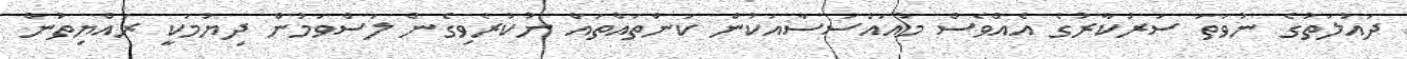
ދައުލަތުގެ ނުވަތަ ސަރުކާރުގެ އެއްވެސް މުއައްސަސާއަކުން ކަންތައްތައް ނުކުރެވިގެން ލަސްވަމުން ދިޔުމަކީ ރައްޔިތުން